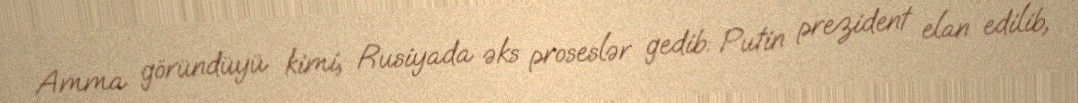
Amma göründüyü kimi, Rusiyada əks proseslər gedib: Putin prezident elan edilib,